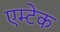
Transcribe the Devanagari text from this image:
एम्टेक